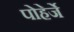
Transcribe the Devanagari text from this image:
पोहेर्जे